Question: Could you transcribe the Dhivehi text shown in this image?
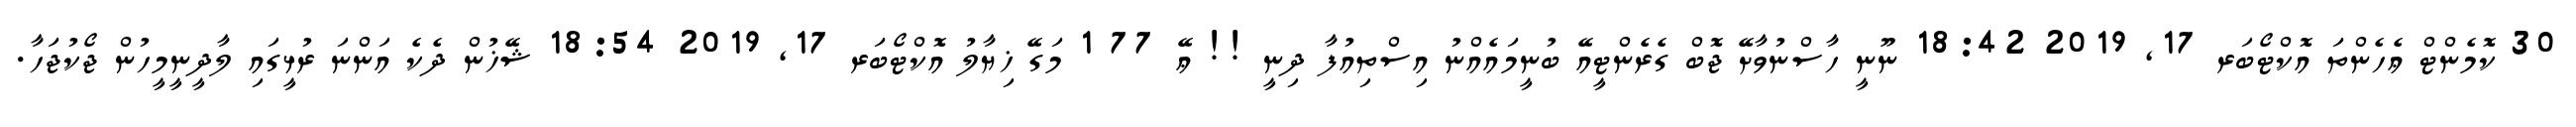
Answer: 30 ކޮމެންޓް ޢެހެންތަ އޮކްޓޯބަރ 17, 2019 18:42 ނޫނީ ހާސްނުވާށޭ ޖޮބް ގެރެންޓީއޭ ބުނީމައެއްނު އިސްތިއުފާ ދިނީ !! ޢޭ 77 1 މަގޭ ޚިޔާލު އޮކްޓޯބަރ 17, 2019 18:54 ޝޭޚުން ދެކެ އަންނަ ރުޅީގައި ލާދީނީމީހުން ޖޯކުޖަހާ.